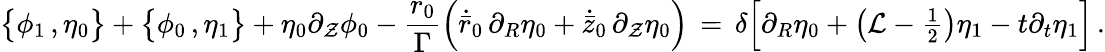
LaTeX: \bigl\{ \phi_{1}\, ,\eta_{0}\bigr\} +\bigl\{ \phi_{0}\, ,\eta_{1}\bigr\} +\eta_{0}\partial_{\mathcal{Z}}\phi_{0}-\frac{{{r_{0}}}}{{\Gamma}}\Bigl(\dot{{\bar{{r}}}}_{0}\, \partial_{R}\eta_{0}+\dot{{\bar{{z}}}}_{0}\, \partial_{\mathcal{Z}}\eta_{0}\Bigr)\, =\, \delta\Bigl[\partial_{R}\eta_{0}+\bigl(\mathcal{{L}}-{\textstyle\frac{1}{2}}\bigr)\eta_{1}-t\partial_{t}\eta_{1}\Bigr]\, .